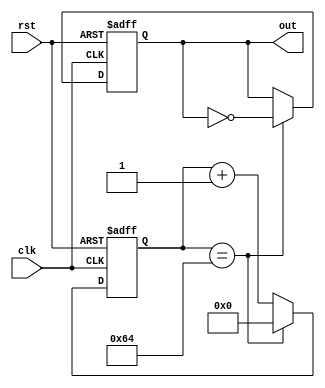
module Periodic_timer(
  input wire clk,
  input wire rst,
  output reg out
);

parameter START_VALUE = 0;
parameter END_VALUE = 100;
parameter CLOCK_FREQ = 1000000; // default clock frequency of 1 MHz

reg [31:0] count;

always @(posedge clk or posedge rst) begin
  if (rst) begin
    count <= START_VALUE;
    out <= 0;
  end else begin
    if (count == END_VALUE) begin
      count <= START_VALUE;
      out <= ~out;
    end else begin
      count <= count + 1;
    end
  end
end

endmodule